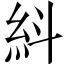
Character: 紏